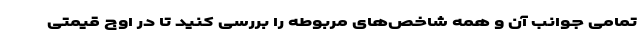
تمامی جوانب آن و همه شاخص‌های مربوطه را بررسی کنید تا در اوج قیمتی